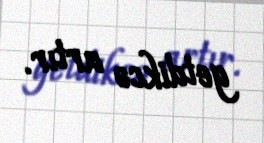
getdikcə artır.